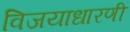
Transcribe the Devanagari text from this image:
विजयाधारणी